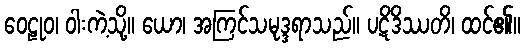
ဝေဠုဝ၊ ဝါးကဲ့သို့။ ယော၊ အကြင်သမုဒ္ဒရာသည်။ ပဋိဒိဿတိ၊ ထင်၏။